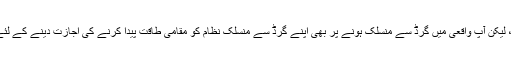
یہ قانونی نہیں ہوسکتا ہے ، مقامی کوڈ کو چیک کریں ، لیکن آپ واقعی میں گرڈ سے منسلک ہونے پر بھی اپنے گرڈ سے منسلک نظام کو مقامی طاقت پیدا کرنے کی اجازت دینے کے لئے ایک چھوٹا سا آف گرڈ انورٹر استعمال کرسکتے ہیں۔